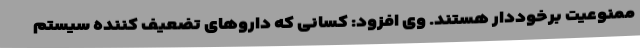
ممنوعیت برخوددار هستند. وی افزود: کسانی که داروهای تضعیف کننده سیستم